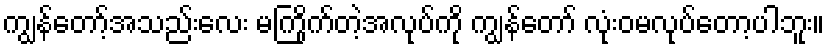
ကျွန်တော့်အသည်းလေး မကြိုက်တဲ့အလုပ်ကို ကျွန်တော် လုံးဝမလုပ်တော့ပါဘူး။